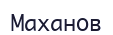
Маханов